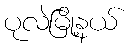
ပုလဲမြို့နယ်